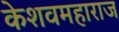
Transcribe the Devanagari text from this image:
केशवमहाराज